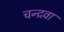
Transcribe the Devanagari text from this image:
चन्द्रवा